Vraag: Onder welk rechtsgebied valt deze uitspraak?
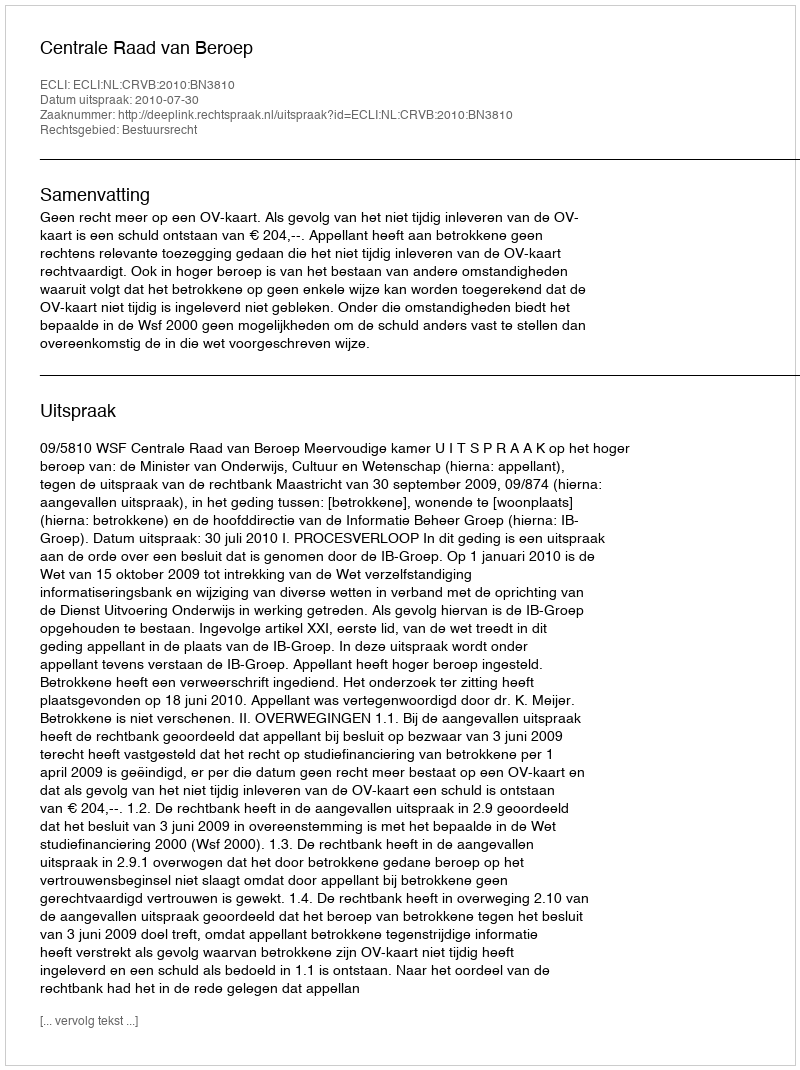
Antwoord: Bestuursrecht